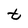
Character: t